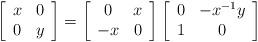
LaTeX: \begin{align*}\left[\begin{array}{cc} x & 0\\ 0& y\end{array}\right] = \left[\begin{array}{cc}0 & x\\ -x& 0\end{array}\right] \left[\begin{array}{cc}0 & -x^{-1}y\\1 &0 \end{array}\right]\end{align*}